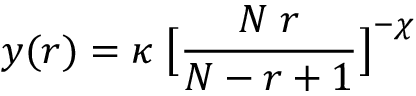
y ( r ) = \kappa \; \big [ \frac { N \; r } { N - r + 1 } \big ] ^ { - \chi }